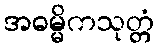
အဓမ္မိကသုတ္တံ